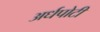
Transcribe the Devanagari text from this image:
अर्धपोटी